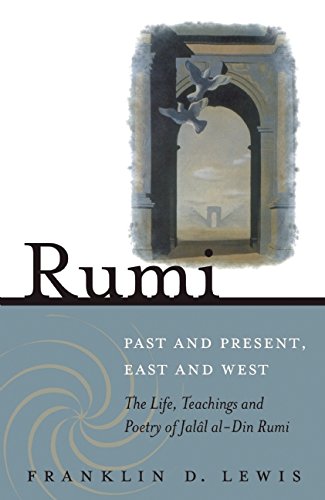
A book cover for Rumi - Past and Present, East and West: The Life, Teachings, and Poetry of JalÃ¢l al-Din Rumi; Franklin D. Lewis; Religion & Spirituality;